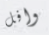
وافل